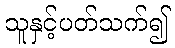
သူနှင့်ပတ်သက်၍